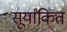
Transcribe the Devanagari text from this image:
सूर्यांकित